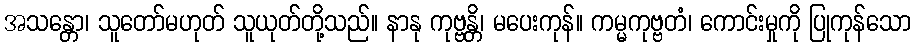
အသန္တော၊ သူတော်မဟုတ် သူယုတ်တို့သည်။ နာနု ကုဗ္ဗန္တိ၊ မပေးကုန်။ ကမ္မကုဗ္ဗတံ၊ ကောင်းမှုကို ပြုကုန်သော